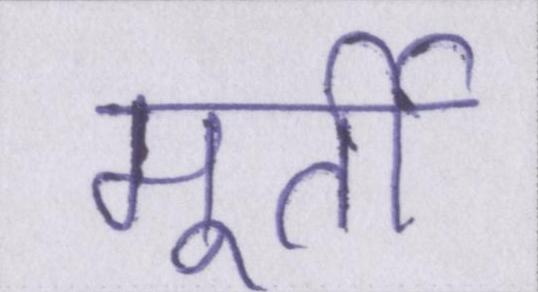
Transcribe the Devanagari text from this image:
मूर्ती